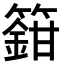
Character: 𬕸